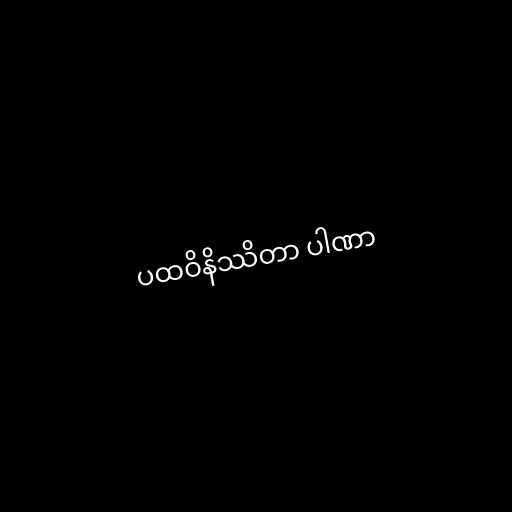
ပထဝိနိဿိတာ ပါဏာ